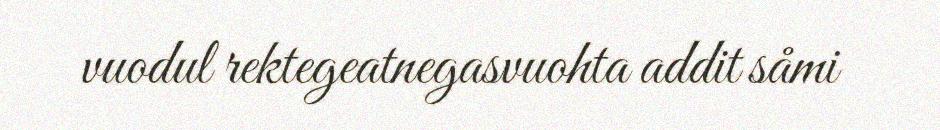
vuodul rektegeatnegasvuohta addit såmi